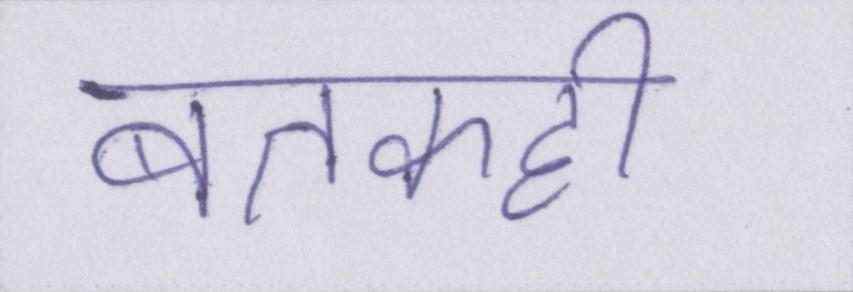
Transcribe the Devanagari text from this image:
बतकही